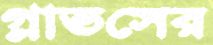
গ্লাভসের